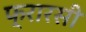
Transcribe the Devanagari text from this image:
फ्रारसी